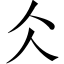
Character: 仌